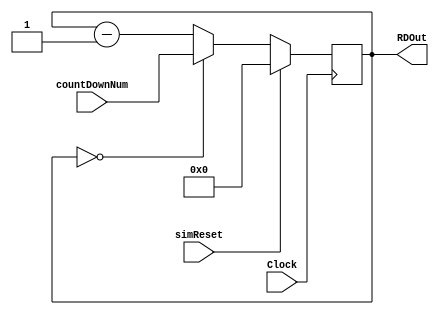
module SecondsCounter(
	input Clock, simReset,
	input[27:0] countDownNum,
	output reg[27:0] RDOut);
	
	always @ (posedge Clock)
		begin
			if (simReset)
				RDOut <= 28'd0;
			else if (RDOut == 28'd0)
				RDOut <= countDownNum;
			else
				RDOut <= RDOut - 28'd1;
		end

endmodule